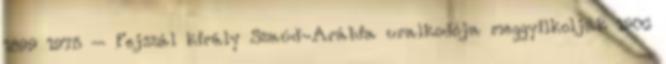
1899 1975 – Fejszál király Szaúd-Arábia uralkodója meggyilkolják 1906